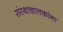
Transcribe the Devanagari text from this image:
संस्थाचालकांना